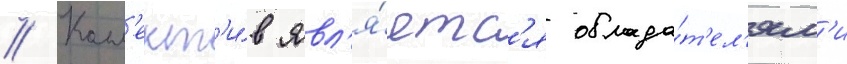
// Колл'ект'и́в явл'я́етс'я облада́т'ел'ям'и